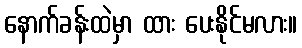
နောက်ခန်းထဲမှာ ထား ပေးနိုင်မလား။